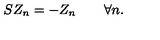
S Z _ { n } = - Z _ { n } \qquad \forall n .